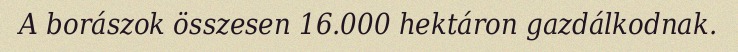
A borászok összesen 16.000 hektáron gazdálkodnak.